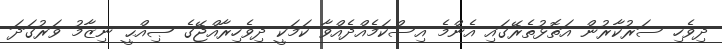
ދިވެހި ސަރުކާރުން އަތޮޅުތެރޭގައި އެންމެ އިސްކަމެއްދެއްވާ ކަމަކީ ދިވެހިރާއްޖޭގެ ޞިއްޙީ ނިޒާމު ވަރުގަދަ